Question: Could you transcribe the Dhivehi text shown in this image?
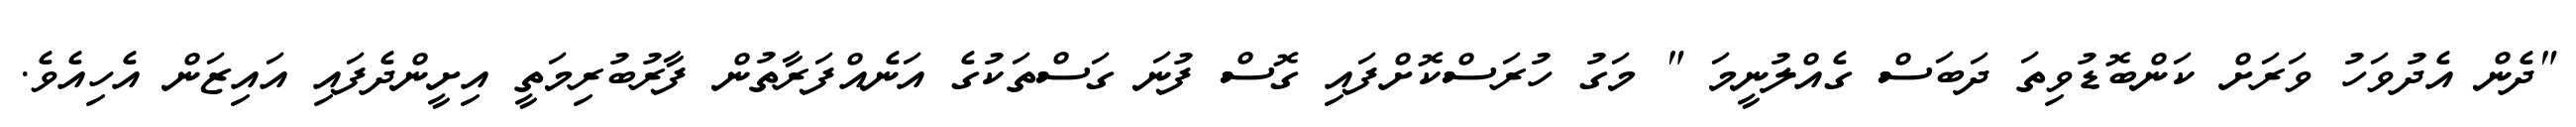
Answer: "ދެން އެދުވަހު ވަރަށް ކަންބޮޑުވިތަ ދަބަސް ގެއްލުނީމަ " މަގު ހުރަސްކޮށްފައި ގޮސް ފުނަ ގަސްތަކުގެ އަނެއްފަރާތުން ފާރުބުރިމަތީ އިށީންދެފައި އައިޒަން އެހިއެވެ.